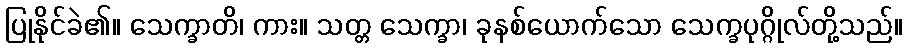
ပြုနိုင်ခဲ၏။ သေက္ခာတိ၊ ကား။ သတ္တ သေက္ခာ၊ ခုနစ်ယောက်သော သေက္ခပုဂ္ဂိုလ်တို့သည်။